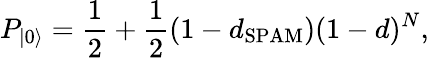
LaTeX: P_{\vert 0\rangle}=\frac{1}{2}+\frac{1}{2}(1-d_{\mathrm{SPAM}})(1-d)^{N},